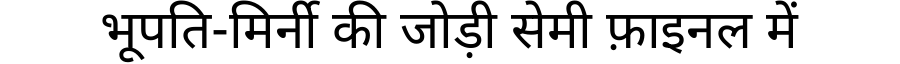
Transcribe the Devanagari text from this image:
भूपति-मिर्नी की जोड़ी सेमी फ़ाइनल में